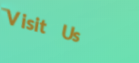
Visit Us